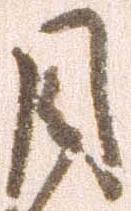
目